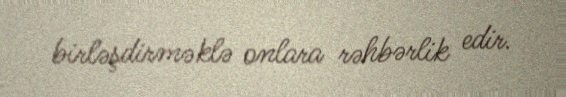
birləşdirməklə onlara rəhbərlik edir.